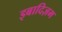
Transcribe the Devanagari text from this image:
इबादिज़म